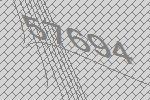
57694